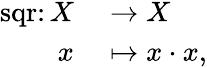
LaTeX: \begin{array}{rl}{\operatorname{sqr}\colon X}&{{}\to X}\\ {x}&{{}\mapsto x\cdot x,}\end{array}